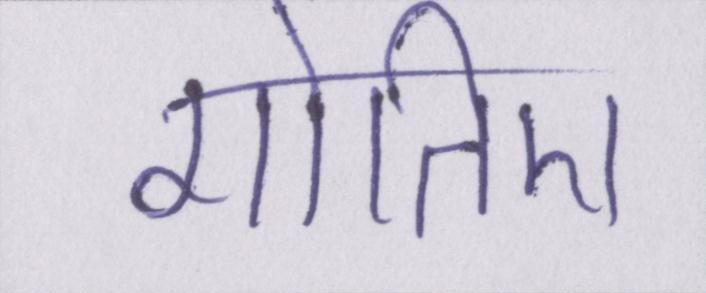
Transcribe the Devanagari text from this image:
गोतिए